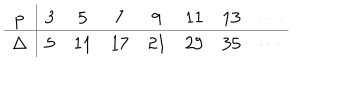
\begin{array} { c | c c c c c c c } { { p } } & { { 3 } } & { { 5 } } & { { 7 } } & { { 9 } } & { { 1 1 } } & { { 1 3 } } & { { \cdots } } \\ \hline { { \Delta } } & { { 5 } } & { { 1 1 } } & { { 1 7 } } & { { 2 1 } } & { { 2 9 } } & { { 3 5 } } & { { \cdots } } \\ \end{array}